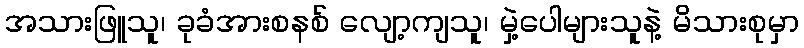
အသားဖြူသူ၊ ခုခံအားစနစ် လျော့ကျသူ၊ မှဲ့ပေါများသူနဲ့ မိသားစုမှာ